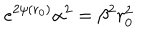
e ^ { 2 \psi ( r _ { 0 } ) } \alpha ^ { 2 } = \beta ^ { 2 } r _ { 0 } ^ { 2 }